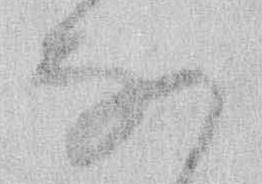
な